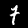
Digit: 7